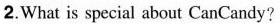
2.What is special about CanCandy?